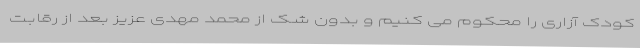
کودک آزاری را محکوم می کنیم و بدون شک از محمد مهدی عزیز بعد از رقابت